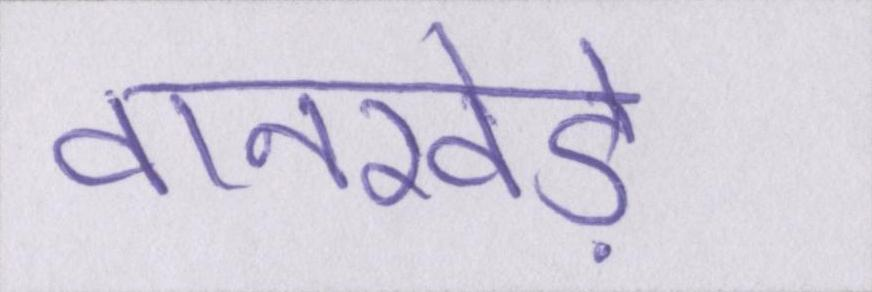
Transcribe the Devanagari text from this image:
वानखेड़े